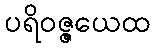
ပရိဝဇ္ဇယေထ